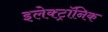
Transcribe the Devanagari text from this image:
इलेक्‍ट्रॉनिक